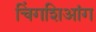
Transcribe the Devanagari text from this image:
चिंगशिआंग